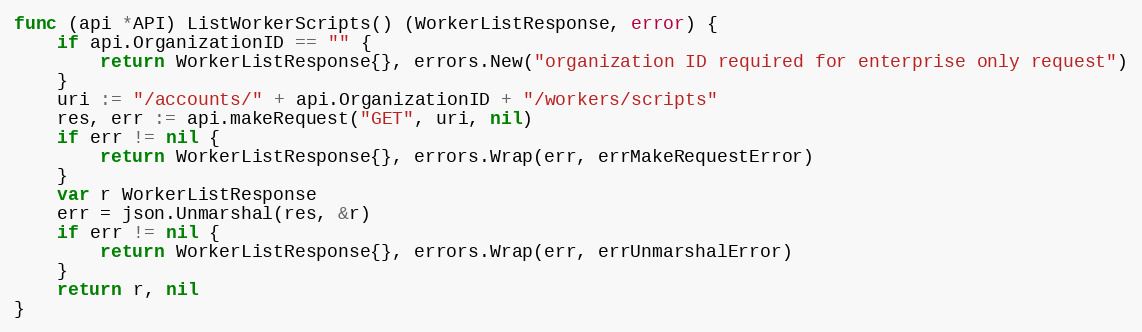
Language: Go
func (api *API) ListWorkerScripts() (WorkerListResponse, error) {
	if api.OrganizationID == "" {
		return WorkerListResponse{}, errors.New("organization ID required for enterprise only request")
	}
	uri := "/accounts/" + api.OrganizationID + "/workers/scripts"
	res, err := api.makeRequest("GET", uri, nil)
	if err != nil {
		return WorkerListResponse{}, errors.Wrap(err, errMakeRequestError)
	}
	var r WorkerListResponse
	err = json.Unmarshal(res, &r)
	if err != nil {
		return WorkerListResponse{}, errors.Wrap(err, errUnmarshalError)
	}
	return r, nil
}